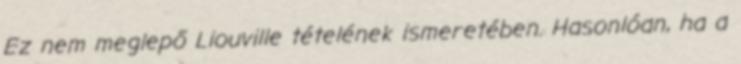
Ez nem meglepő Liouville tételének ismeretében. Hasonlóan, ha a